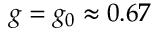
g = g _ { 0 } \approx 0 . 6 7